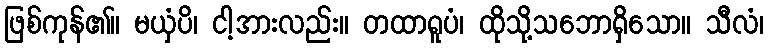
ဖြစ်ကုန်၏။ မယှံပိ၊ ငါ့အားလည်း။ တထာရူပံ၊ ထိုသို့သဘောရှိသော။ သီလံ၊